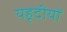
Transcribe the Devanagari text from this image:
यहूदीयों